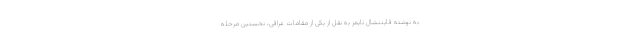
به نوشته فایننشال تایمز به نقل از یکی از مقامات عراقی، نخستین مرحله